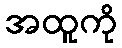
အထူကို